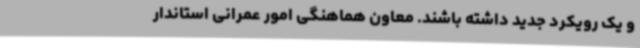
و یک رویکرد جدید داشته باشند. معاون هماهنگی امور عمرانی استاندار